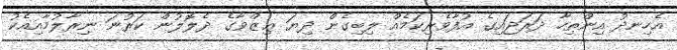
އެހިނދު އިންތިހާ ދަރަޖައިގެ އުފާވެރިކަމެއް ލިބިގެން ދިޔަ ޢިޒްވާގެ ދެލޮލުން ކަރުނަ ނިރާލުމާއިއެކު